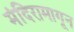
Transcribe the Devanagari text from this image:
मंदिरामागून